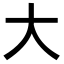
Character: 大